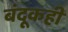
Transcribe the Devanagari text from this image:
बंदूकही